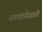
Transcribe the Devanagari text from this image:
स्वातंत्र्येसाठी